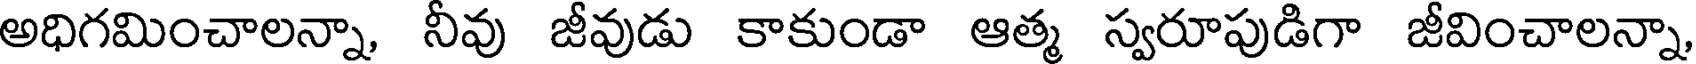
అధిగమించాలన్నా, నీవు జీవుడు కాకుండా ఆత్మ స్వరూపుడిగా జీవించాలన్నా